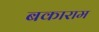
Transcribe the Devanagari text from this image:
बकाराम